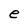
Character: e